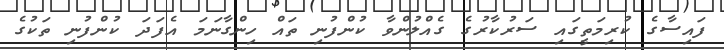
ފައިސާގެ ކުރިމަތީގައި ސަރުކާރުގެ ގެއްލުންވާ ކުންފުނި ތައް ހިންގާނަމަ އެފަަދަ ކުންފުނި ތަކުގެ